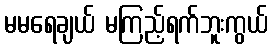
မမရေချယ် မကြည့်ရက်ဘူးကွယ်